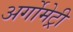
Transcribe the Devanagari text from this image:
अर्गोमेट्री